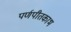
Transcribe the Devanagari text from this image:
पर्णपीतकाभ